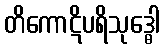
တိကောဋိပရိသုဒ္ဓေါ